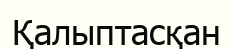
Қалыптасқан